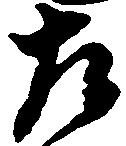
左